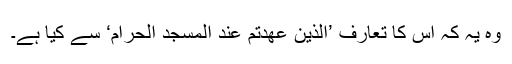
وہ یہ کہ اس کا تعارف ’اَلَّذِیْنَ عٰھَدْتُّمْ عِنْدَ الْمَسْجِدِ الْحَرَامِ‘ سے کیا ہے۔